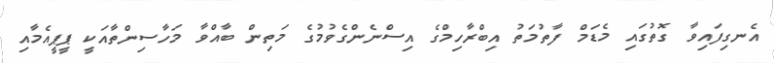
އެނގިފައިވާ ގޮތުގައި މެޑަމް ފާތުމަތު އިބްރާހިމްގެ އިސްނެންގެވުމުގެ މަތިން ބާއްވާ މަހާސިންތާއަކީ ޕީޕީއެމާއި